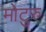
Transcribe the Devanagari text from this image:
मोटुरु